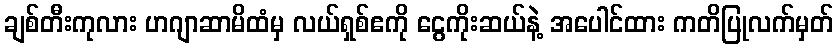
ချစ်တီးကုလား ဟဂျာဆာမိထံမှ လယ်ရှစ်ဧကို ငွေကိုးဆယ်နဲ့ အပေါင်ထား ကတိပြုလက်မှတ်